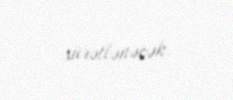
sürətlənəcək.